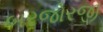
બરજોરજી